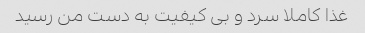
غذا کاملا سرد و بی کیفیت به دست من رسید